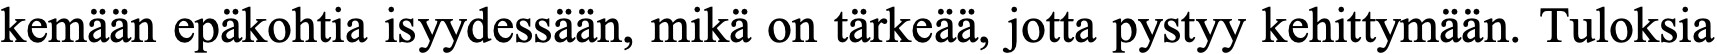
kemään epäkohtia isyydessään, mikä on tärkeää, jotta pystyy kehittymään. Tuloksia